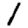
Digit: 1